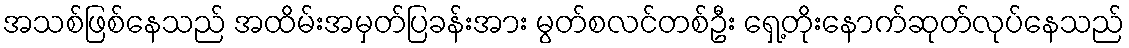
အသစ်ဖြစ်နေသည် အထိမ်းအမှတ်ပြခန်းအား မွတ်စလင်တစ်ဦး ရှေ့တိုးနောက်ဆုတ်လုပ်နေသည်